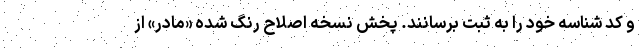
و کد شناسه خود را به ثبت برسانند. پخش نسخه اصلاح رنگ‌ شده «مادر» از